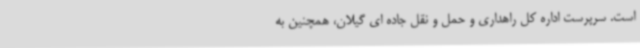
است. سرپرست اداره کل راهداری و حمل و نقل جاده ای گیلان، همچنین به